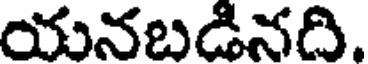
యనబడినది.